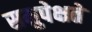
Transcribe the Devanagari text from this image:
समुपेक्षते